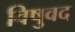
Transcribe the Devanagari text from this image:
विषुवद